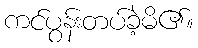
ကင်ပွန်းတပ်ခဲ့မိ၏။